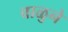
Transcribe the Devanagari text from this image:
वाळुने